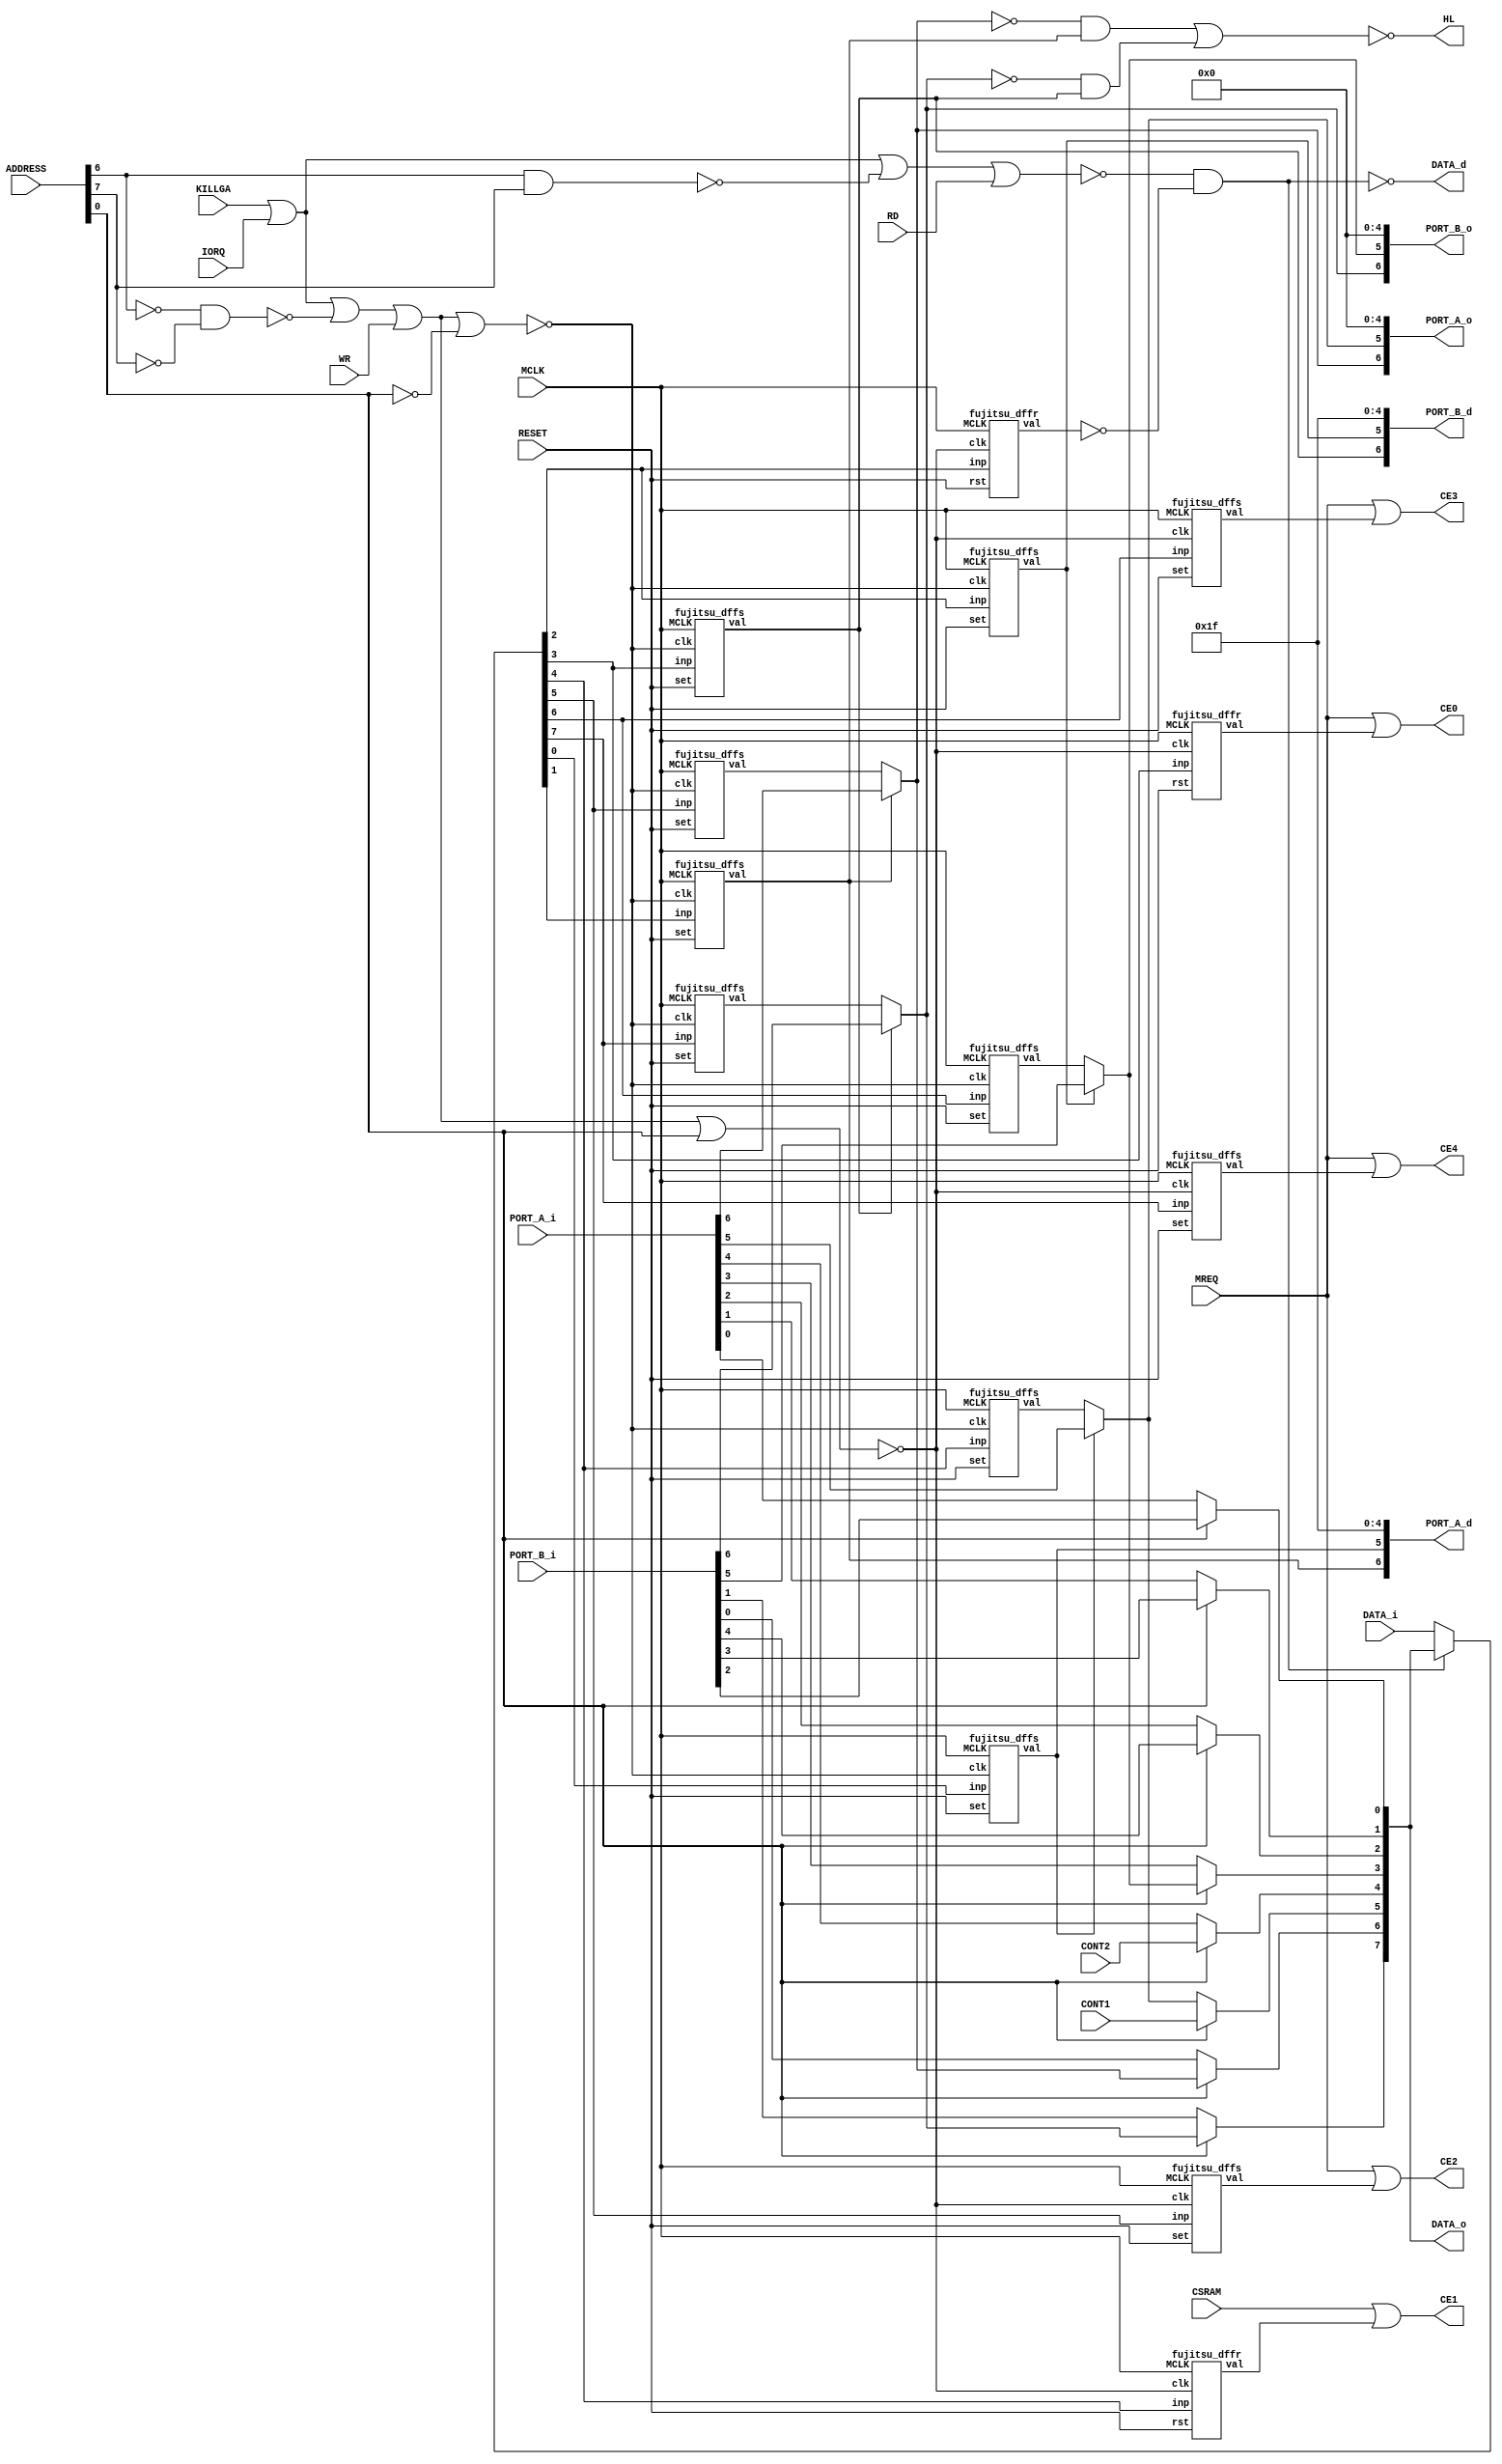
// This program was cloned from: https://github.com/nukeykt/Nuked-SMS-FPGA
// License: GNU General Public License v2.0

/*
 * Copyright (C) 2023 nukeykt
 *
 * This file is part of Nuked-SMS.
 *
 * This program is free software; you can redistribute it and/or
 * modify it under the terms of the GNU General Public License
 * as published by the Free Software Foundation; either version 2
 * of the License, or (at your option) any later version.
 *
 * This program is distributed in the hope that it will be useful,
 * but WITHOUT ANY WARRANTY; without even the implied warranty of
 * MERCHANTABILITY or FITNESS FOR A PARTICULAR PURPOSE.  See the
 * GNU General Public License for more details.
 *
 *  Sega 315-5216 emulator
 *  Thanks:
 *      Furrtek:
 *          Sega 315-5216 decap & die shot.
 *      org, andkorzh, HardWareMan (emu-russia):
 *          help & support.
 */

// 315-5216, fujitsu variant

module sega315_5216
	(
	input MCLK,
	input [7:0] DATA_i,
	input [15:0] ADDRESS,
	input WR,
	input RD,
	input IORQ,
	input MREQ,
	input CONT1,
	input CONT2,
	input KILLGA,
	input CSRAM,
	input RESET,
	input [6:0] PORT_A_i,
	input [6:0] PORT_B_i,
	output [7:0] DATA_o,
	output DATA_d,
	output CE0,
	output CE1,
	output CE2,
	output CE3,
	output CE4,
	output [6:0] PORT_A_o,
	output [6:0] PORT_A_d,
	output [6:0] PORT_B_o,
	output [6:0] PORT_B_d,
	output HL
	);
	
	wire reg_3e_2;
	wire reg_3e_3;
	wire reg_3e_4;
	wire reg_3e_5;
	wire reg_3e_6;
	wire reg_3e_7;
	
	wire reg_3f_0;
	wire reg_3f_1;
	wire reg_3f_2;
	wire reg_3f_3;
	wire reg_3f_4;
	wire reg_3f_5;
	wire reg_3f_6;
	wire reg_3f_7;

	wire iorq = KILLGA | IORQ;
	wire sel0 = iorq | ~(ADDRESS[6] & ADDRESS[7]);
	wire sel1 = iorq | ~(~ADDRESS[6] & ~ADDRESS[7]);
	wire port_read = ~(sel0 | RD);
	wire write0 = ~(sel1 | WR | ADDRESS[0]);
	wire write1 = ~(sel1 | WR | ~ADDRESS[0]);
	
	wire reset = RESET; // FIXME
	
	assign DATA_d = ~(port_read & ~reg_3e_2);
	
	wire [7:0] data = DATA_d ? DATA_i : DATA_o;
	
	fujitsu_dffr l_reg_3e_2(.MCLK(MCLK), .rst(reset), .inp(data[2]), .clk(write0), .val(reg_3e_2));
	fujitsu_dffr l_reg_3e_3(.MCLK(MCLK), .rst(reset), .inp(data[3]), .clk(write0), .val(reg_3e_3));
	fujitsu_dffr l_reg_3e_4(.MCLK(MCLK), .rst(reset), .inp(data[4]), .clk(write0), .val(reg_3e_4));
	fujitsu_dffs l_reg_3e_5(.MCLK(MCLK), .set(reset), .inp(data[5]), .clk(write0), .val(reg_3e_5));
	fujitsu_dffs l_reg_3e_6(.MCLK(MCLK), .set(reset), .inp(data[6]), .clk(write0), .val(reg_3e_6));
	fujitsu_dffs l_reg_3e_7(.MCLK(MCLK), .set(reset), .inp(data[7]), .clk(write0), .val(reg_3e_7));
	
	fujitsu_dffs l_reg_3f_0(.MCLK(MCLK), .set(reset), .inp(data[0]), .clk(write1), .val(reg_3f_0));
	fujitsu_dffs l_reg_3f_1(.MCLK(MCLK), .set(reset), .inp(data[1]), .clk(write1), .val(reg_3f_1));
	fujitsu_dffs l_reg_3f_2(.MCLK(MCLK), .set(reset), .inp(data[2]), .clk(write1), .val(reg_3f_2));
	fujitsu_dffs l_reg_3f_3(.MCLK(MCLK), .set(reset), .inp(data[3]), .clk(write1), .val(reg_3f_3));
	fujitsu_dffs l_reg_3f_4(.MCLK(MCLK), .set(reset), .inp(data[4]), .clk(write1), .val(reg_3f_4));
	fujitsu_dffs l_reg_3f_5(.MCLK(MCLK), .set(reset), .inp(data[5]), .clk(write1), .val(reg_3f_5));
	fujitsu_dffs l_reg_3f_6(.MCLK(MCLK), .set(reset), .inp(data[6]), .clk(write1), .val(reg_3f_6));
	fujitsu_dffs l_reg_3f_7(.MCLK(MCLK), .set(reset), .inp(data[7]), .clk(write1), .val(reg_3f_7));
	
	assign PORT_A_d = { reg_3f_1, reg_3f_0, 1'h1, 4'hf };
	assign PORT_B_d = { reg_3f_3, reg_3f_2, 1'h1, 4'hf };
	
	assign PORT_A_o = {
		reg_3f_1 ? PORT_A_i[6] : reg_3f_5,
		reg_3f_0 ? PORT_A_i[5] : reg_3f_4,
		1'h0,
		4'h0 };
	
	assign PORT_B_o = {
		reg_3f_3 ? PORT_B_i[6] : reg_3f_7,
		reg_3f_2 ? PORT_B_i[5] : reg_3f_6,
		1'h0,
		4'h0 };
	
	assign DATA_o = {
		ADDRESS[0] ? PORT_B_o[6] : PORT_B_i[1],
		ADDRESS[0] ? PORT_A_o[6] : PORT_B_i[0],
		ADDRESS[0] ? CONT1 : PORT_A_o[5],
		ADDRESS[0] ? CONT2 : PORT_A_i[4],
		ADDRESS[0] ? PORT_B_o[5] : PORT_A_i[3],
		ADDRESS[0] ? PORT_B_i[4] : PORT_A_i[2],
		ADDRESS[0] ? PORT_B_i[3] : PORT_A_i[1],
		ADDRESS[0] ? PORT_B_i[2] : PORT_A_i[0]
		};
	
	wire port_a_irq = ~PORT_A_o[6] & reg_3f_1;
	wire port_b_irq = ~PORT_B_o[6] & reg_3f_3;
	
	assign HL = ~(port_a_irq | port_b_irq);
	
	assign CE0 = MREQ | reg_3e_3;
	assign CE1 = CSRAM | reg_3e_4;
	assign CE2 = MREQ | reg_3e_5;
	assign CE3 = MREQ | reg_3e_6;
	assign CE4 = MREQ | reg_3e_7;
	
endmodule


module fujitsu_dffs(
	input MCLK,
	input set,
	input inp,
	input clk,
	output val
	);
	
	reg mem1, mem2;
	
	assign val = mem2;
	
	always @(posedge MCLK)
	begin
		if (~set)
		begin
			mem1 <= 1'h1;
			mem2 <= 1'h1;
		end
		else
		begin
			if (!clk)
				mem1 <= inp;
			else
				mem2 <= mem1;
		end
	end

endmodule


module fujitsu_dffr(
	input MCLK,
	input rst,
	input inp,
	input clk,
	output val
	);
	
	reg mem1, mem2;
	
	assign val = mem2;
	
	always @(posedge MCLK)
	begin
		if (~rst)
		begin
			mem1 <= 1'h0;
			mem2 <= 1'h0;
		end
		else
		begin
			if (!clk)
				mem1 <= inp;
			else
				mem2 <= mem1;
		end
	end

endmodule